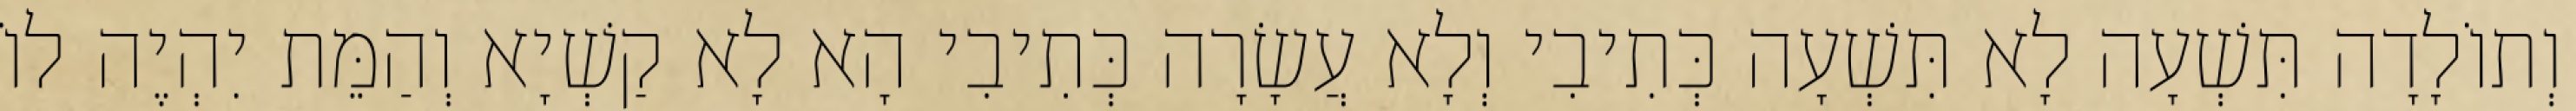
וְתוֹלָדָה תִּשְׁעָה לָא תִּשְׁעָה כְּתִיבִי וְלָא עֲשָׂרָה כְּתִיבִי הָא לָא קַשְׁיָא וְהַמֵּת יִהְיֶה לוֹ